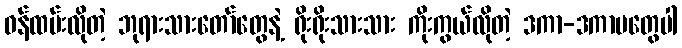
ဝန်ထမ်းလိုတဲ့ ဘုရားသားတော်တွေနဲ့ ရိုးရိုးသားသား ကိုးကွယ်လိုတဲ့ ဒကာ-ဒကာမတွေပါ